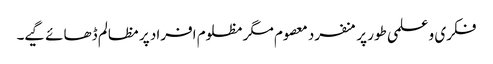
فکری و علمی طور پر منفرد معصوم مگر مظلوم افراد پر مظالم ڈھائے گیے۔